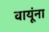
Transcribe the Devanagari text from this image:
वायूंना